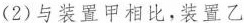
(2)与装置甲相比，装置乙